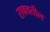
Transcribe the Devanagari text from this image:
राबवतील